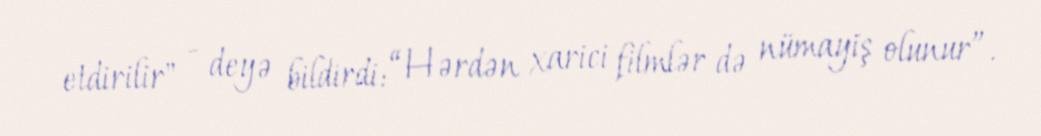
etdirilir" - deyə bildirdi: “Hərdən xarici filmlər də nümayiş olunur”.